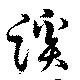
蹊